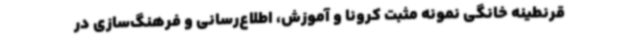
قرنطینه خانگی نمونه مثبت کرونا و آموزش، اطلاع‌رسانی و فرهنگ‌سازی در